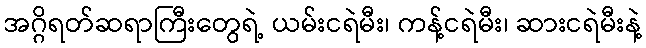
အဂ္ဂိရတ်ဆရာကြီးတွေရဲ့ ယမ်းငရဲမီး၊ ကန့်ငရဲမီး၊ ဆားငရဲမီးနဲ့